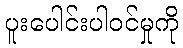
ပူးပေါင်းပါဝင်မှုကို